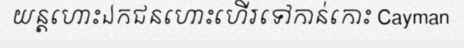
យន្តហោះឯកជនហោះហើរទៅកាន់កោះ Cayman